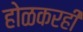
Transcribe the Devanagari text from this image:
होळकरही